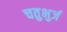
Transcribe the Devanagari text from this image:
चतुभुर्ज